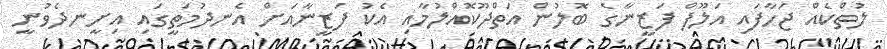
ލުތްކެއް ޖަހާފައި އަލޫފް ފަޒީނާގެ ބޮލުން އަތްދޫކޮއްލުމާއި އެކު ފަޒީނާއަށް އެނދުމަތީގައި އިށީނދެވުނީ